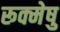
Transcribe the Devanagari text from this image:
रूक्मेषु